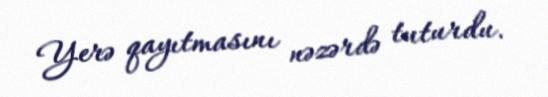
Yerə qayıtmasını nəzərdə tuturdu.